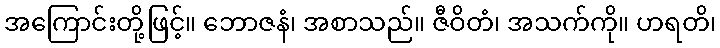
အကြောင်းတို့ဖြင့်။ ဘောဇနံ၊ အစာသည်။ ဇီဝိတံ၊ အသက်ကို။ ဟရတိ၊